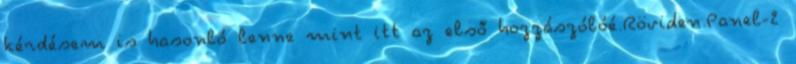
kérdésem is hasonló lenne mint itt az első hozzászólóé.Röviden.Panel-2